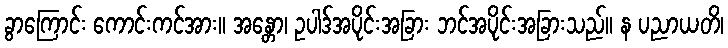
ခွာကြောင်း ကောင်းကင်အား။ အန္တော၊ ဥပါဒ်အပိုင်းအခြား ဘင်အပိုင်းအခြားသည်။ န ပညာယတိ၊